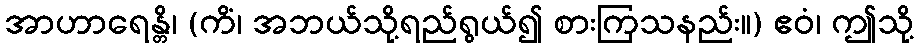
အာဟာရေန္တိ၊ (ကိံ၊ အဘယ်သို့ရည်ရွယ်၍ စားကြသနည်း။) ဧဝံ၊ ဤသို့